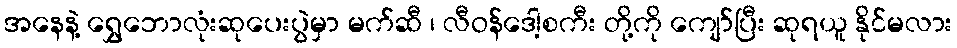
အနေနဲ့ ရွှေဘောလုံးဆုပေးပွဲမှာ မက်ဆီ ၊ လီဝန်ဒေါ့စကီး တို့ကို ကျော်ပြီး ဆုရယူ နိုင်မလား